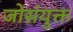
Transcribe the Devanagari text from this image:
जोसंयुक्त